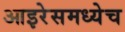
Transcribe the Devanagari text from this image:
आइरेसमध्येच